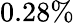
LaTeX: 0.28\%